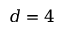
d = 4